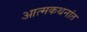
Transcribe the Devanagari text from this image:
आत्मकथनांत